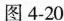
图 4-20